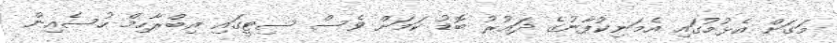
މަގަށް އެޅުމުގައި އެމަނިކުފާނުގެ ދައުރު ބޮޑު ކަމަށް ވެސް ސިޓީގައި އިބްރާހިމް ހުސެއިން